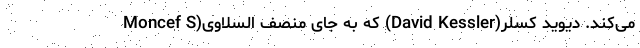
می‌کند. دیوید کسلر(David Kessler) که به جای منصف السلاوی(Moncef S